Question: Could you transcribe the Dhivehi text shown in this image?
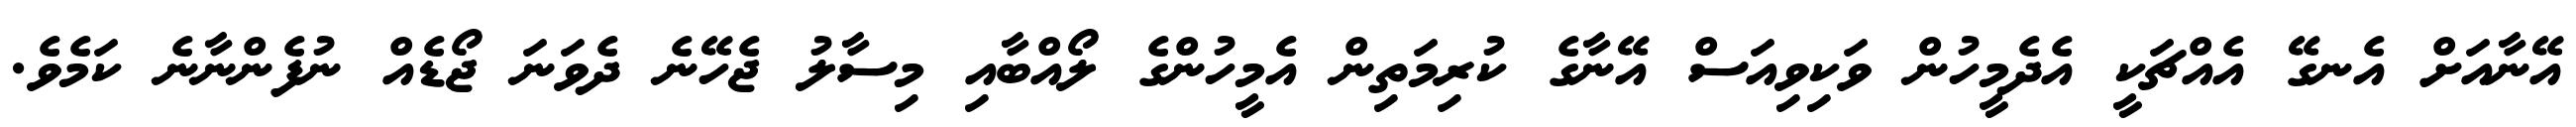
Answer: އޭނާއަށް އެނގޭ އެއްޗަކީ އެދެމީހުން ވަކިވިއަސް އޭނާގެ ކުރިމަތިން އެމީހުންގެ ލޯއްބާއި މިސާލު ޖެހޭނެ ދެވަނަ ޖޯޑެއް ނުފެންނާނެ ކަމެވެ.